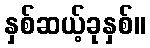
နှစ်ဆယ့်ခုနှစ်။